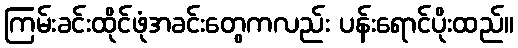
ကြမ်းခင်းထိုင်ဖုံအခင်းတွေကလည်း ပန်းရောင်ပိုးထည်။